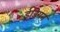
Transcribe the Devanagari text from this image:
ईडियन